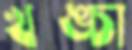
খঙ্চা